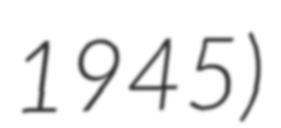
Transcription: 1945)